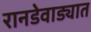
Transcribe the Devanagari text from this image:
रानडेवाड्यात